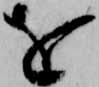
を